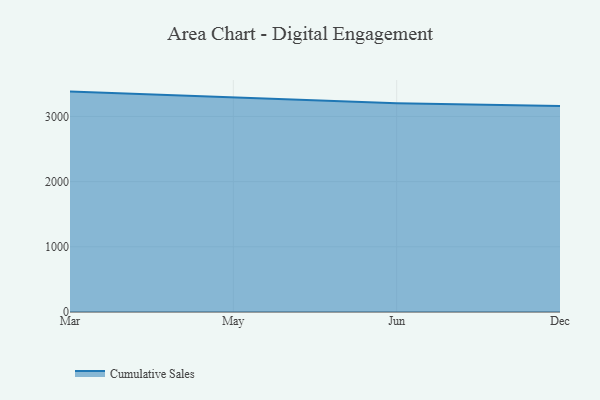
{"axis": {"x": "Month", "y": "Energy Usage (MWh)"}, "legend": ["Cumulative Sales"], "data": [{"x": "Mar", "y": 3381.1, "type": "Cumulative Sales"}, {"x": "May", "y": 3292.4, "type": "Cumulative Sales"}, {"x": "Jun", "y": 3203.9, "type": "Cumulative Sales"}, {"x": "Dec", "y": 3160.2, "type": "Cumulative Sales"}]}